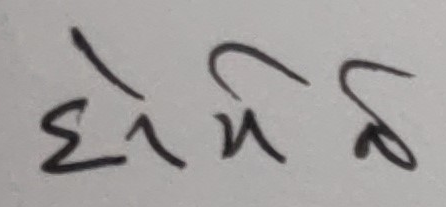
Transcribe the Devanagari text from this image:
सोमबार